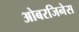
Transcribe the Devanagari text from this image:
ओबरजिनेस